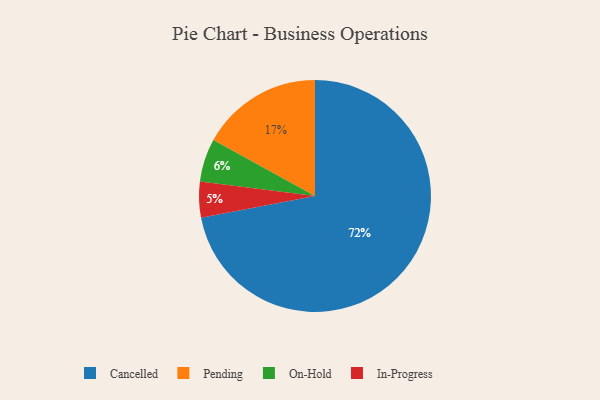
{"axis": {"x": "Category", "y": "Percentage"}, "legend": ["Cancelled", "In-Progress", "On-Hold", "Pending"], "data": [{"x": "On-Hold", "y": 6, "type": "On-Hold"}, {"x": "In-Progress", "y": 5, "type": "In-Progress"}, {"x": "Cancelled", "y": 72, "type": "Cancelled"}, {"x": "Pending", "y": 17, "type": "Pending"}]}